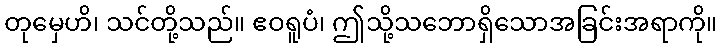
တုမှေဟိ၊ သင်တို့သည်။ ဧဝရူပံ၊ ဤသို့သဘောရှိသောအခြင်းအရာကို။